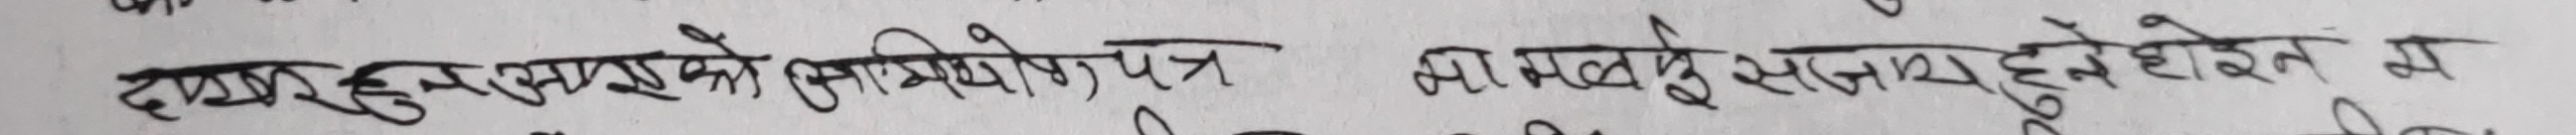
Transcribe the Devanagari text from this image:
दशरथ हुन् एकले सिभिवेश पत्र माल्बु सहयोग हुने होइन म